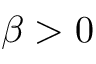
\beta > 0